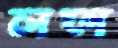
লফা